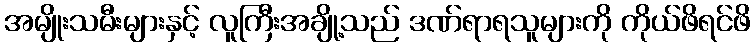
အမျိုးသမီးများနှင့် လူကြီးအချို့သည် ဒဏ်ရာရသူများကို ကိုယ်ဖိရင်ဖိ